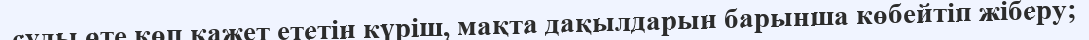
суды өте көп қажет ететін күріш, мақта дақылдарын барынша көбейтіп жіберу;